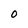
Character: O